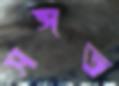
সঙ্গত